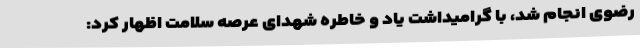
رضوی انجام شد، با گرامیداشت یاد و خاطره شهدای عرصه سلامت اظهار کرد: